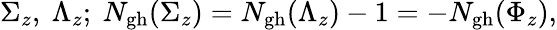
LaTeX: \Sigma_{z},\ \Lambda_{z};\ N_{\mathrm{gh}}(\Sigma_{z})=N_{\mathrm{gh}}(\Lambda_{z})-1=-N_{\mathrm{gh}}(\Phi_{z}),